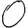
Digit: 0